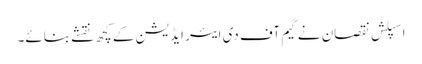
اسپلش نقصان نے گیم آف دی ایئر ایڈیشن کے کچھ نقشے بنائے۔